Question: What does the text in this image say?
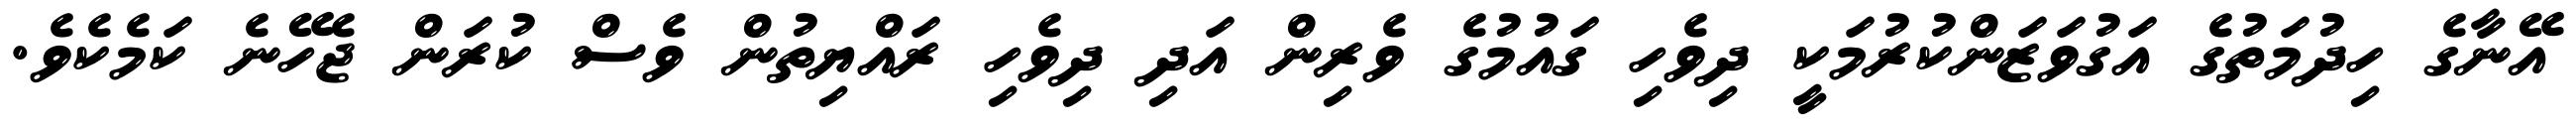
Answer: އޭނާގެ ހިދުމަތުގެ އަގުވަޒަންކުރުމަކީ ދިވެހި ގައުމުގެ ވެރިން އަދި ދިވެހި ރައްޔިތުން ވެސް ކުރަން ޖެހޭނެ ކަމެކެވެ.